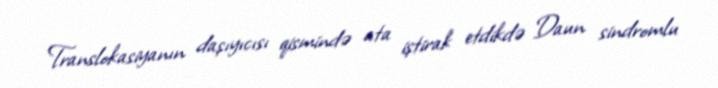
Translokasiyanın daşıyıcısı qismində ata iştirak etdikdə Daun sindromlu